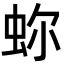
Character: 𧉰